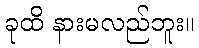
ခုထိ နားမလည်ဘူး။